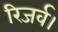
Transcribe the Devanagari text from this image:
रिजर्व।